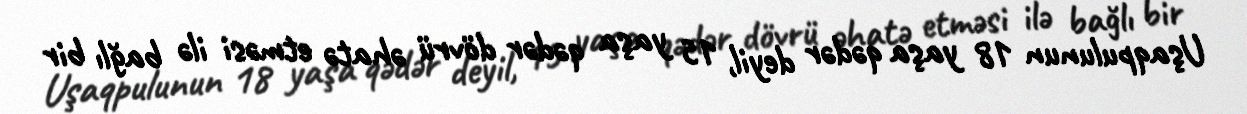
Uşaqpulunun 18 yaşa qədər deyil, 15 yaşa qədər dövrü əhatə etməsi ilə bağlı bir